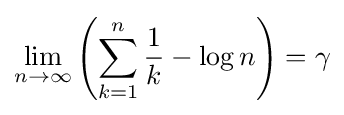
\lim _{n\to \infty }\left(\sum _{k=1}^{n}{\frac {1}{k}}-\log n\right)=\gamma